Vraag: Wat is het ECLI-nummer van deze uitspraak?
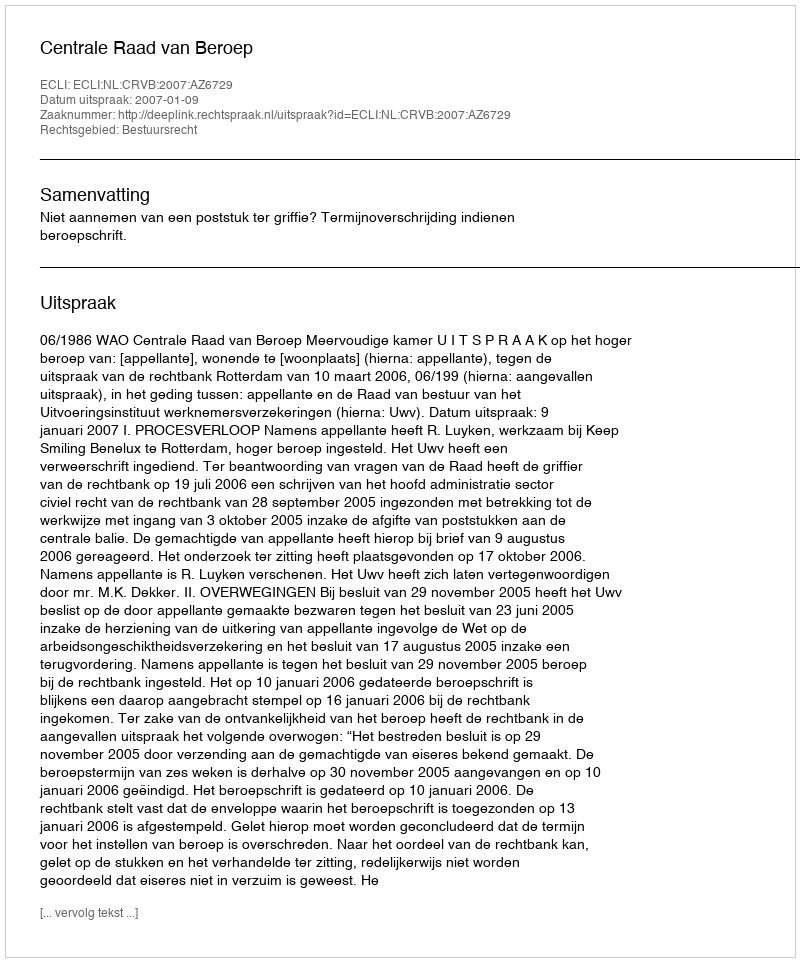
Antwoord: ECLI:NL:CRVB:2007:AZ6729